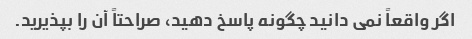
اگر واقعاً نمی دانید چگونه پاسخ دهید، صراحتاً آن را بپذیرید.